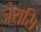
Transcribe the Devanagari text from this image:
जेरासि